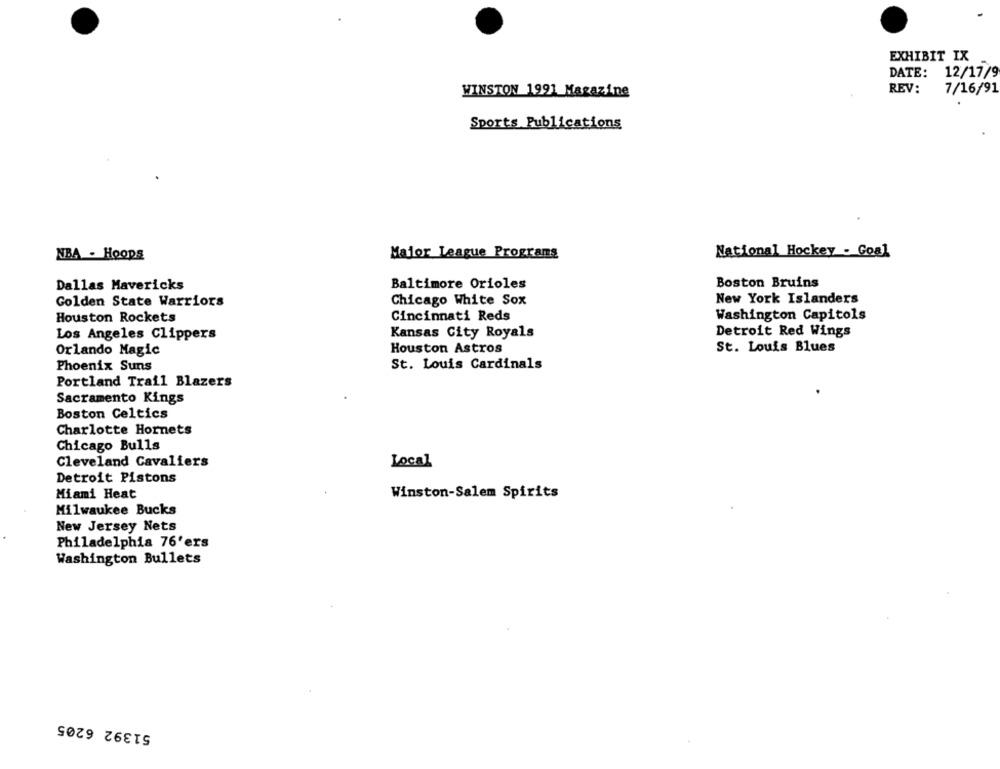
EXHIBIT IX
DATE:
12/17/9
WINSTON 1991 Magazine
REV:
7/16/91
Sports Publications
National Hockey - Goal
NBA - Hoops
Major League Programs
Baltimore Orioles
Boston Bruins
Dallas Mavericks
Chicago White Sox
New York Islanders
Golden State Warriors
Washington Capitols
Houston Rockets
Cincinnati Reds
Los Angeles Clippers
Kansas City Royals
Detroit Red Wings
Orlando Magic
Houston Astros
St. Louis Blues
Phoenix Suns
St. Louis Cardinals
Portland Trail Blazers
Sacramento Kings
Boston Celtics
Charlotte Hornets
Chicago Bulls
Cleveland Cavaliers
Local
Detroit Pistons
Miami Heat
Winston-Salem Spirits
Milwaukee Bucks
New Jersey Nets
Philadelphia 76'ers
Washington Bullets
51392 6205